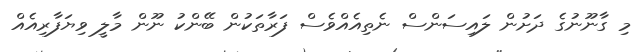
މި ގާނޫނުގެ ދަށުން ލައިސަންސް ނެތިއެއްވެސް ފަރާތަކުން ބޭންކު ނޫން މާލީ ވިޔަފާރިއެއް